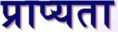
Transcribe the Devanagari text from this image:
प्राप्यता